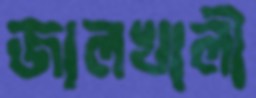
জালখালী